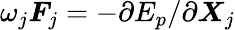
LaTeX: \omega_{j}\boldsymbol F_{j}=-\partial E_{p}/\partial\boldsymbol X_{j}